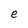
Character: e